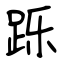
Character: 跞